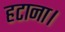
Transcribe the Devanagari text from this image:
हटाना।